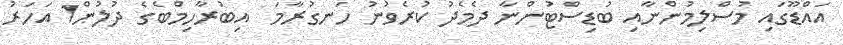
އައްޑޫގައި މުސްލިމުންނާއި ބުޑިސްޓުންނާ ދެމެދު ކުރެވުނު ހަނގުރާމަ  އިބުރާހިމްބެގެ ދުލުން1 އަހަރު